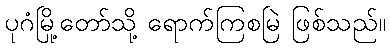
ပုဂံမြို့တော်သို့ ရောက်ကြစမြဲ ဖြစ်သည်။